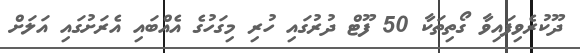
ދޫކުރެވިފައިވާ ގޯތިތަކާ 50 ފޫޓް ދުރުގައި ހުރި މިގަހުގެ އެއްބައި އެރަށުގައި އަލަށް